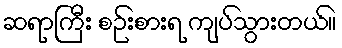
ဆရာကြီး စဉ်းစားရ ကျပ်သွားတယ်။